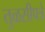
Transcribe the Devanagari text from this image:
तुळसीपत्रे